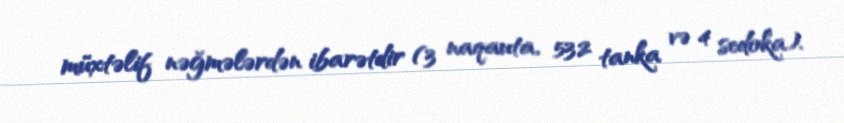
müxtəlif nəğmələrdən ibarətdir (3 naqauta, 532 tanka və 4 sedoka).